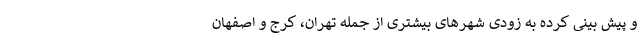
و پیش بینی کرده به زودی شهرهای بیشتری از جمله تهران، کرج و اصفهان